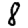
Digit: 8